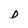
Character: D